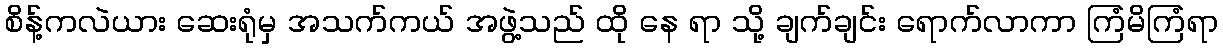
စိန့်ကလဲယား ဆေးရုံမှ အသက်ကယ် အဖွဲ့သည် ထို နေ ရာ သို့ ချက်ချင်း ရောက်လာကာ ကြံမိကြံရာ